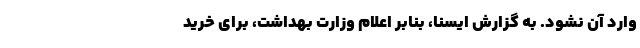
وارد آن نشود. به گزارش ایسنا، بنابر اعلام وزارت بهداشت، برای خرید